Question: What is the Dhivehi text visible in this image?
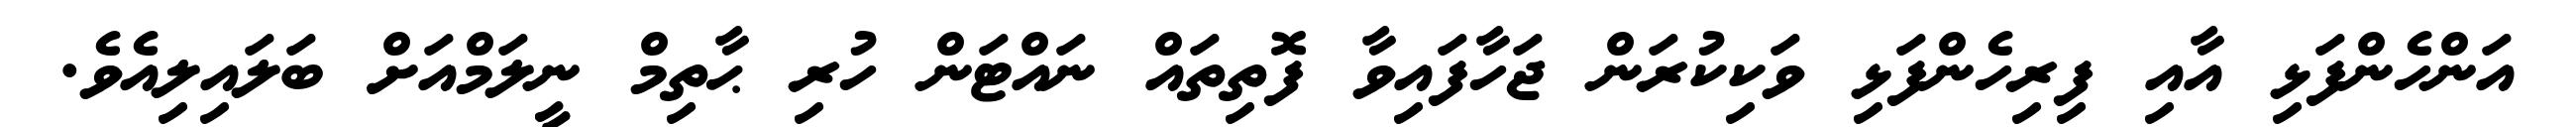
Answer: އަންހެންފަޅި އާއި ފިރިހެންފަޅި ވަކިކުރަން ޖަހާފައިވާ ފޮތިތައް ނައްޓަން ހުރި ޙާތިމް ނީލަމްއަށް ބަލައިލިއެވެ.